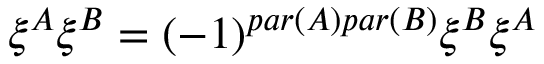
\xi ^ { A } \xi ^ { B } = ( - 1 ) ^ { p a r ( A ) p a r ( B ) } \xi ^ { B } \xi ^ { A }